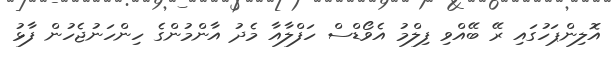
އޮލިންޕަހުގައި ރޭ ބޭއްވި ފިލްމު އެވޯޑްސް ހަފްލާއާ މެދު އާންމުންގެ ހިންހަނުޖެހުން ފާޅު